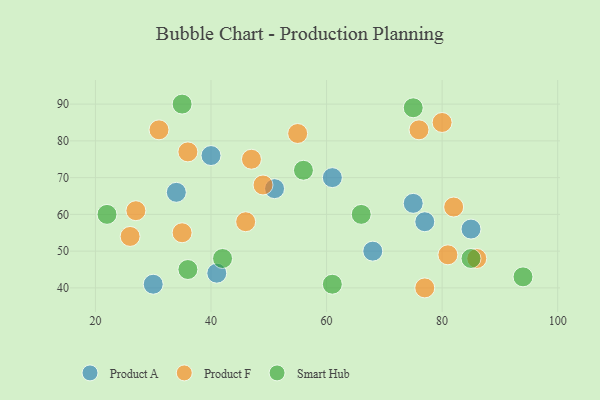
{"axis": {"x": "GDP", "y": "Life Expectancy"}, "legend": ["Product A", "Product F", "Smart Hub"], "data": [{"x": "30", "y": 41, "type": "Product A"}, {"x": "40", "y": 76, "type": "Product A"}, {"x": "77", "y": 58, "type": "Product A"}, {"x": "61", "y": 70, "type": "Product A"}, {"x": "51", "y": 67, "type": "Product A"}, {"x": "41", "y": 44, "type": "Product A"}, {"x": "75", "y": 63, "type": "Product A"}, {"x": "34", "y": 66, "type": "Product A"}, {"x": "68", "y": 50, "type": "Product A"}, {"x": "85", "y": 56, "type": "Product A"}, {"x": "77", "y": 40, "type": "Product F"}, {"x": "27", "y": 61, "type": "Product F"}, {"x": "81", "y": 49, "type": "Product F"}, {"x": "31", "y": 83, "type": "Product F"}, {"x": "82", "y": 62, "type": "Product F"}, {"x": "49", "y": 68, "type": "Product F"}, {"x": "35", "y": 55, "type": "Product F"}, {"x": "26", "y": 54, "type": "Product F"}, {"x": "47", "y": 75, "type": "Product F"}, {"x": "55", "y": 82, "type": "Product F"}, {"x": "36", "y": 77, "type": "Product F"}, {"x": "46", "y": 58, "type": "Product F"}, {"x": "86", "y": 48, "type": "Product F"}, {"x": "80", "y": 85, "type": "Product F"}, {"x": "76", "y": 83, "type": "Product F"}, {"x": "56", "y": 72, "type": "Smart Hub"}, {"x": "66", "y": 60, "type": "Smart Hub"}, {"x": "94", "y": 43, "type": "Smart Hub"}, {"x": "36", "y": 45, "type": "Smart Hub"}, {"x": "42", "y": 48, "type": "Smart Hub"}, {"x": "85", "y": 48, "type": "Smart Hub"}, {"x": "22", "y": 60, "type": "Smart Hub"}, {"x": "75", "y": 89, "type": "Smart Hub"}, {"x": "35", "y": 90, "type": "Smart Hub"}, {"x": "61", "y": 41, "type": "Smart Hub"}]}